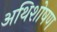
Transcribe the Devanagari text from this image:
अथिशोषण